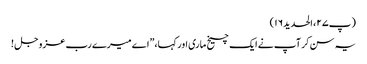
(پ۲۷، الحدید۱۶)
یہ سن کر آپ نے ایک چیخ ماری اور کہا،”اے میرے رب عزوجل !